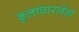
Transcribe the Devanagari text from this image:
कुलाचारावेळी